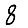
Digit: 8